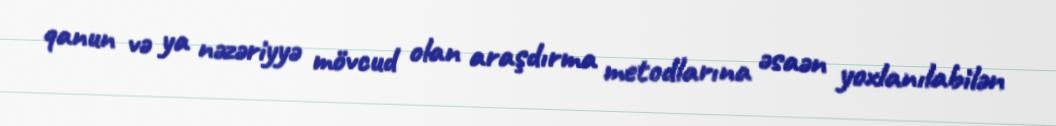
qanun və ya nəzəriyyə mövcud olan araşdırma metodlarına əsaən yoxlanılabilən